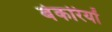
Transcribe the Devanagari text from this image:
बेकरियों